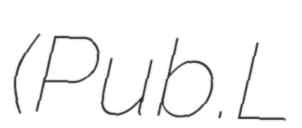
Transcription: (Pub.L